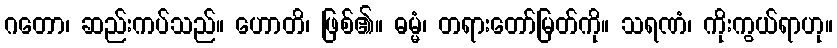
ဂတော၊ ဆည်းကပ်သည်။ ဟောတိ၊ ဖြစ်၏။ ဓမ္မံ၊ တရားတော်မြတ်ကို။ သရဏံ၊ ကိုးကွယ်ရာဟု။